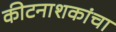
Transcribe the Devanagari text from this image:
कीटनाशकांचा